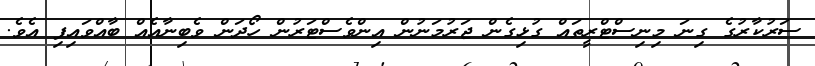
ސަރުކާރުގެ ގިނަ މިނިސްޓްރީތައް ގުޅިގެން ޖަރުމަނުން އިންވެސްޓަރުން ހޯދަން ވެބިނާއެއް ބާއްވައިފި އެވެ.